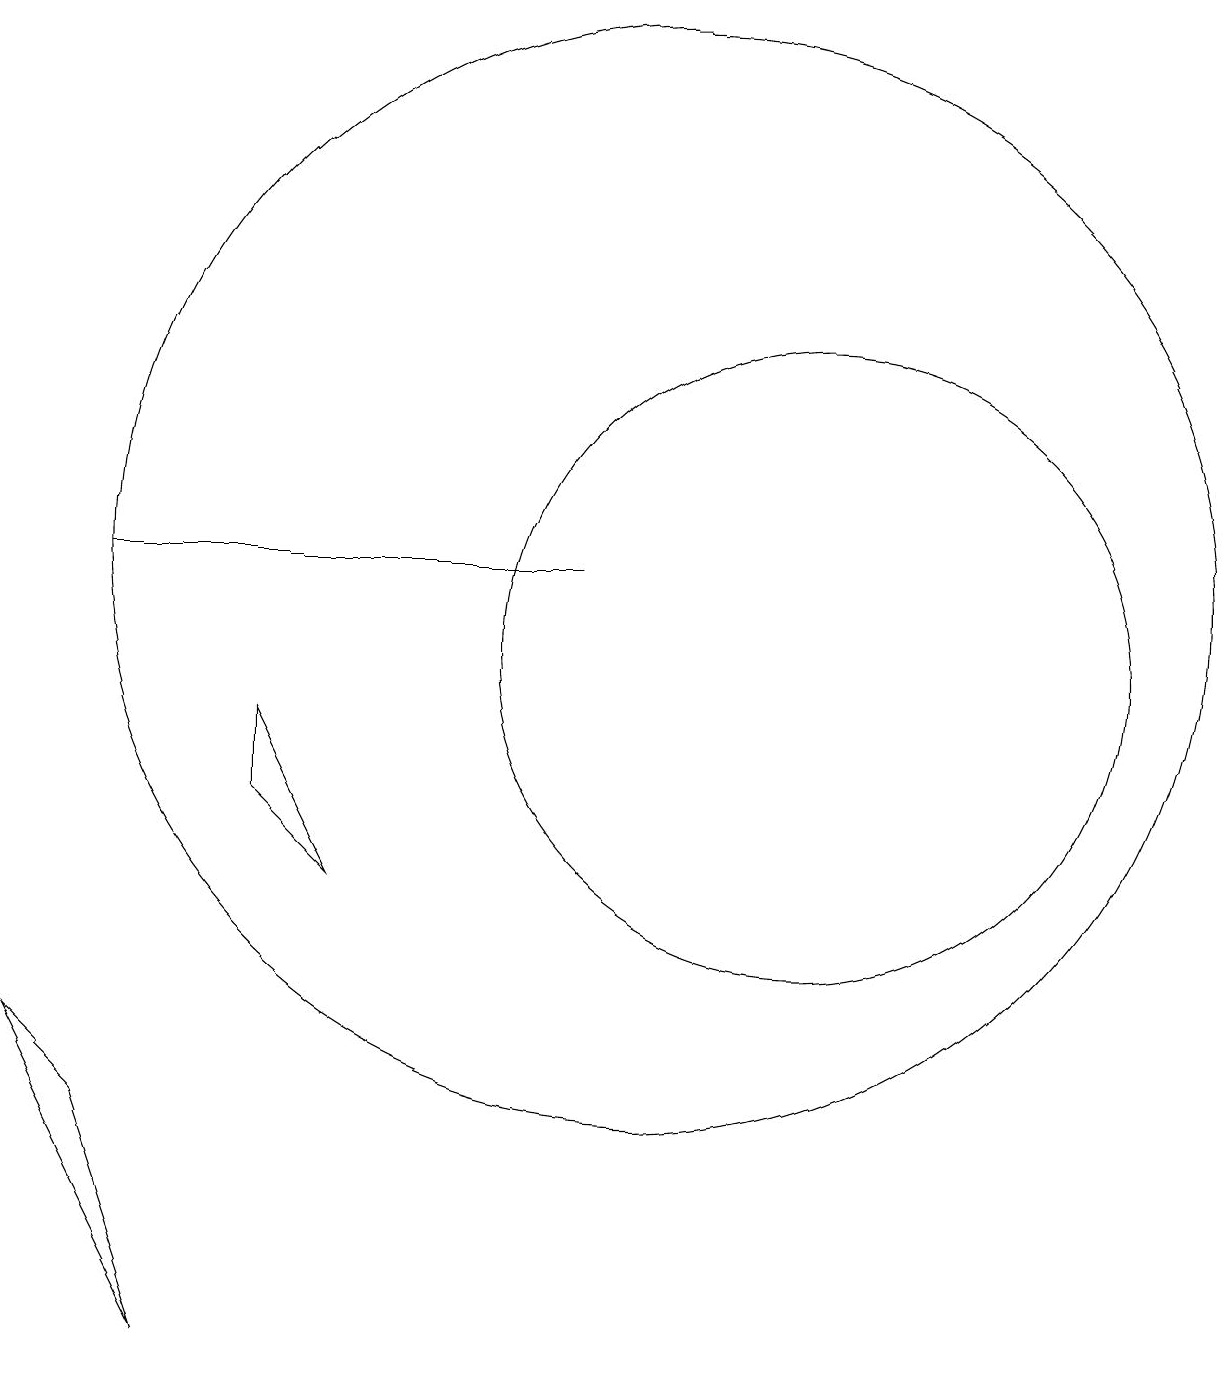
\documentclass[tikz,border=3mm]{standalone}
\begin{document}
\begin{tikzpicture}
\draw (2,5) -- (4,1) -- (3,4) -- cycle;
\draw (9,11) rectangle (3,11);
\draw (10,11) circle (7);
\draw (12,10) circle (4);
\draw (5,8) -- (5,9) -- (6,7) -- cycle;
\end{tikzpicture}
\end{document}